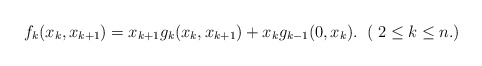
\begin{align*}f_k(x_k,x_{k+1})=x_{k+1}g_k(x_k,x_{k+1})+x_kg_{k-1}(0,x_k). \;\;( \;2 \leq k \leq n.)\end{align*}